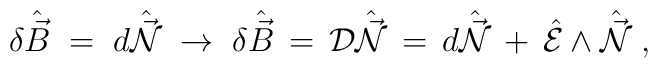
\delta \hat{\vec{B}} \;=\; d\hat{\vec{\cal N}}                      \;\rightarrow\; \delta \hat{\vec{B}} \,=\, {\cal D}\hat{\vec{\cal N}} \,=\, d\hat{\vec{\cal N}}                            \,+\, \hat{\cal E}\wedge\hat{\vec{\cal N}} \; ,